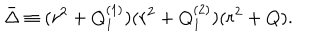
\bar { \Delta } \equiv ( r ^ { 2 } + Q _ { 1 } ^ { ( 1 ) } ) ( r ^ { 2 } + Q _ { 1 } ^ { ( 2 ) } ) ( r ^ { 2 } + Q ) .